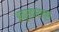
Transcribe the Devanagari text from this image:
अनुस्वाराहून